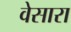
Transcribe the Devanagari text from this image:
वेसारा